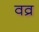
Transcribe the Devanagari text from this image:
वव्र